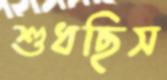
শুধছিস